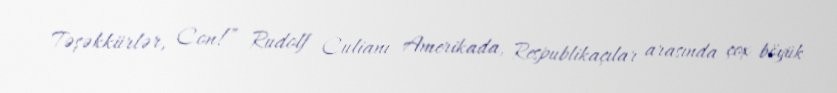
Təşəkkürlər, Con!” Rudolf Culianı Amerikada, Respublikaçılar arasında çox böyük